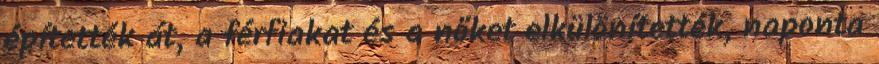
építették át, a férfiakat és a nőket elkülönítették, naponta